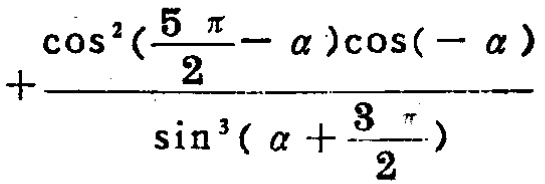
\(\frac{\cos^{2}(\frac{5\pi}{2}-\alpha)\cos(-\alpha)}{\sin^{3}(\alpha + \frac{3\pi}{2})}\)